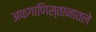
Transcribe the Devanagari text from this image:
अफगाणिस्तानातले